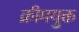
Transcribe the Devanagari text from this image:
क्रीमयुक्त